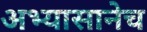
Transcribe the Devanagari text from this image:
अभ्यासानेच